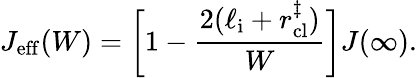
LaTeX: J_{\mathrm{eff}}(W)=\bigg[1-\frac{2(\ell_{\mathrm{i}}+r_{\mathrm{cl}}^{\ddagger})}{W}\bigg]J(\infty).